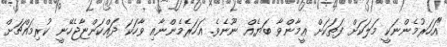
"އަހަރުމެންނަކީ މަލަކަށް ފަތަކަށް ޢީމާންވާ ބަޔެއް ނޫނެވެ. އަހަރެމެންނާއި ވާހަކަ ދައްކަންޏާޖެހޭނީ ކުރިމައްޗަށް